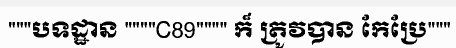
"""បទដ្ឋាន """"C89"""" ក៏ ត្រូវបាន កែប្រែ"""